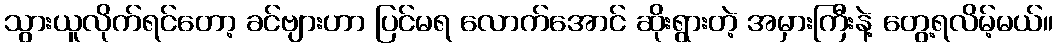
သွားယူလိုက်ရင်တော့ ခင်ဗျားဟာ ပြင်မရ လောက်အောင် ဆိုးရွားတဲ့ အမှားကြီးနဲ့ တွေ့ရလိမ့်မယ်။